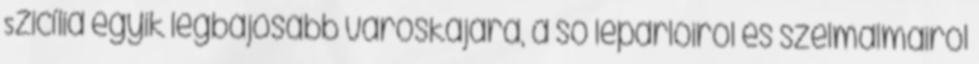
Szicília egyik legbájosabb városkájára, a só lepárlóiról és szélmalmairól